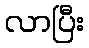
လာပြီး